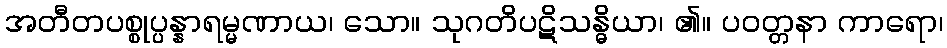
အတီတပစ္စုပ္ပန္နာရမ္မဏာယ၊ သော။ သုဂတိပဋိသန္ဓိယာ၊ ၏။ ပဝတ္တနာ ကာရော၊